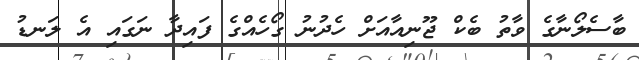
ބާސެލޯނާގެ ވާތު ބެކް ޖޫނިއާއަށް ހެދުނު ގޯހެއްގެ ފައިދާ ނަގައި އެ ލަނޑު